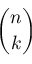
\binom { n } { k }